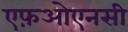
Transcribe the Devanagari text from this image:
एफ़ओएनसी